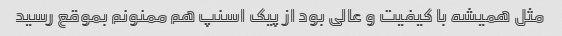
مثل همیشه با کیفیت و عالی بود از پیک اسنپ هم ممنونم بموقع رسید